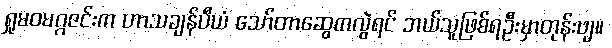
ရှုမဝမဂ္ဂဇင်းက ဟာသချန်ပီယံ သော်တာဆွေကလွဲရင် ဘယ်သူဖြစ်ရဦးမှာတုန်းဗျ။